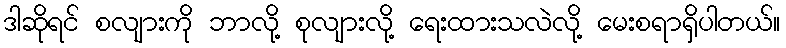
ဒါဆိုရင် စလျားကို ဘာလို့ စုလျားလို့ ရေးထားသလဲလို့ မေးစရာရှိပါတယ်။